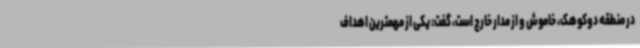
در منطقه دوکوهک، خاموش و از مدار خارج است، گفت: یکی از مهمترین اهداف